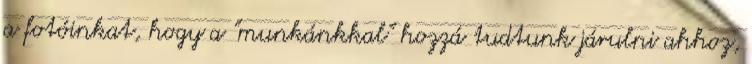
a fotóinkat, hogy a "munkánkkal" hozzá tudtunk járulni ahhoz,